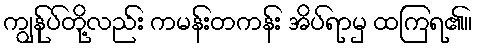
ကျွန်ုပ်တို့လည်း ကမန်းတကန်း အိပ်ရာမှ ထကြရ၏။